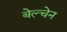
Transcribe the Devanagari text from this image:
बेल्चेन